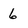
Character: 6